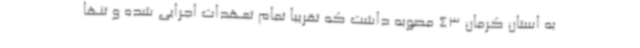
به استان کرمان 43 مصوبه داشت که تقریبا تمام تعهدات اجرایی شده و تنها